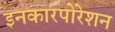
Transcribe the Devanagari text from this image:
इनकारपोरेशन